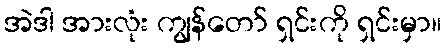
အဲဒါ အားလုံး ကျွန်တော် ရှင်းကို ရှင်းမှာ။